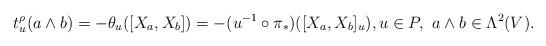
LaTeX: \begin{align*}t^{\rho}_{u}(a\wedge b) = - \theta_{u} ([X_{a}, X_{b}]) = -(u^{-1}\circ\pi_{*})( [ X_{a}, X_{b}]_{u}),u\in P,\ a\wedge b\in\Lambda^{2}(V).\end{align*}